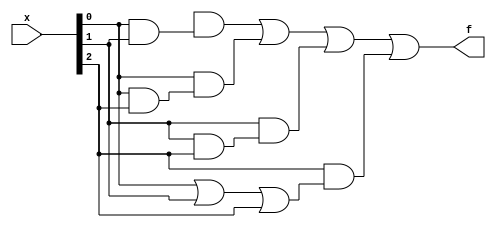
module top_module (
    input [4:1] x, 
    output f );

    wire [4:0] a;
    assign a[0] = x[0];
    assign a[1] = x[1];
    assign a[2] = x[2];
    assign a[3] = x[3];

    wire [4:0] b;
    assign b[0] = x[1] & x[2];
    assign b[1] = x[1] & x[3];
    assign b[2] = x[2] & x[3];
    assign b[3] = x[1] | x[2] | x[3];

    wire f;
    assign f = a[0] & b[0] | a[1] & b[1] | a[2] & b[2] | a[3] & b[3];

endmodule